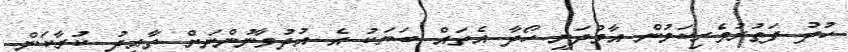
ހުދު ފަތުރުވެރިކަމުން އާމްދަނީ ހޯދާ އެތައް ބަޔަކު އެ އުދުވާނުންނަށް ތާއީދު ކުރާކަން